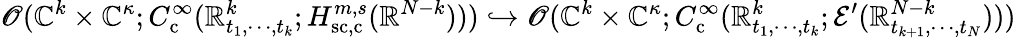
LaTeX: \mathscr{O}(\mathbb{C}^{k}\times\mathbb{C}^{\kappa};C_{\mathrm{c}}^{\infty}(\mathbb{R}_{t_{1},\cdots,t_{k}}^{k};H_{\mathrm{sc,c}}^{m,s}(\mathbb{R}^{N-k})))\hookrightarrow\mathscr{O}(\mathbb{C}^{k}\times\mathbb{C}^{\kappa};C_{\mathrm{c}}^{\infty}(\mathbb{R}_{t_{1},\cdots,t_{k}}^{k};\mathcal{E}^{\prime}(\mathbb{R}_{t_{k+1},\cdots,t_{N}}^{N-k})))